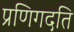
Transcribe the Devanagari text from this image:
प्रणिगदति